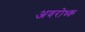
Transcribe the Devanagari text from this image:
अवरोध्क